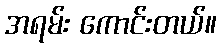
အရမ်း ကောင်းတယ်။